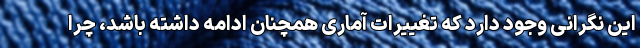
این نگرانی وجود دارد که تغییرات آماری همچنان ادامه داشته باشد، چرا